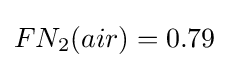
FN_{2}(air)=0.79